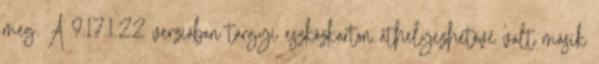
meg. A 9.17.1.22 verzióban tárgyi eszközkarton áthelyezhetővé vált másik